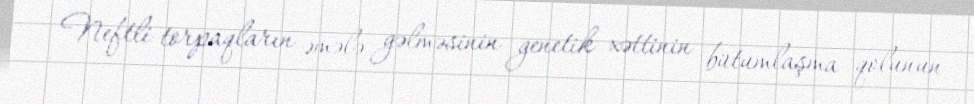
Neftli torpaqların əmələ gəlməsinin genetik xəttinin bütumlaşma qolunun